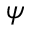
\psi